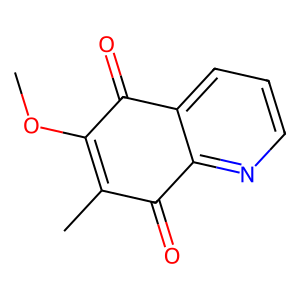
SMILES: COC1=C(C)C(=O)c2ncccc2C1=O
Inhibits HIV replication: No